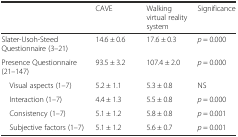
<table><thead><tr><td></td><td><b>CAVE</b></td><td><b>Walking virtual reality system</b></td><td><b>Significance</b></td></tr></thead><tbody><tr><td>Slater-Usoh-Steed Questionnaire (3–21)</td><td>14.6 ± 0.6</td><td>17.6 ± 0.3</td><td><i>p</i> = 0.000</td></tr><tr><td>Presence Questionnaire (21–147)</td><td>93.5 ± 3.2</td><td>107.4 ± 2.0</td><td><i>p</i> = 0.000</td></tr><tr><td> Visual aspects (1–7)</td><td>5.2 ± 1.1</td><td>5.3 ± 0.8</td><td>NS</td></tr><tr><td> Interaction (1–7)</td><td>4.4 ± 1.3</td><td>5.5 ± 0.8</td><td><i>p</i> = 0.000</td></tr><tr><td> Consistency (1–7)</td><td>5.1 ± 1.2</td><td>5.8 ± 0.8</td><td><i>p</i> = 0.001</td></tr><tr><td> Subjective factors (1–7)</td><td>5.1 ± 1.2</td><td>5.6 ± 0.7</td><td><i>p</i> = 0.001</td></tr></tbody></table>